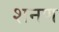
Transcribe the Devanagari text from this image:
शनण